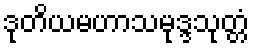
ဒုတိယမဟာသမုဒ္ဒသုတ္တံ